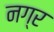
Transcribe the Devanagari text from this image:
नग्र